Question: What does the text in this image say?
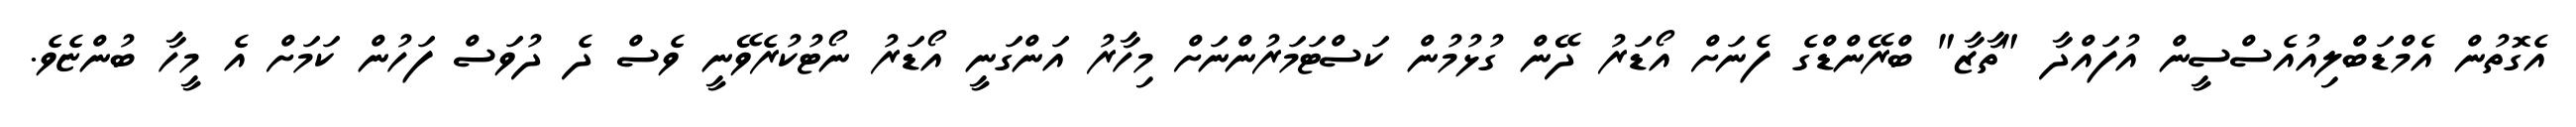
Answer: އެގޮތުން އެމްޑަބްލިއުއެސްސީން އުފައްދާ "ތާޒާ" ބްރޭންޑްގެ ފެނަށް އޯޑަރު ދޭން ގުޅުމުން ކަސްޓަމަރުންނަށް މިހާރު އަންގަނީ އޯޑަރު ނޯޓުކުރެވޭނީ ވެސް ދެ ދުވަސް ފަހުން ކަމަށް އެ މީހާ ބުންޏެވެ.